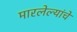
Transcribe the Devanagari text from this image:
मारलेल्यांचे